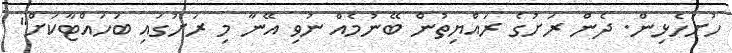
ހުށަހެޅިން. ދެން ރަށުގެ ރައްޔިތުން ބޭނުމެއް ނުވި އޭނާ މި ރަށުގައި ބަހައްޓާކަށް"